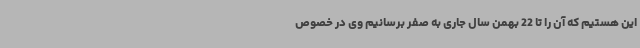
این هستیم که آن را تا 22 بهمن سال جاری به صفر برسانیم وی در خصوص